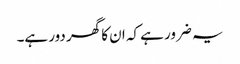
یہ ضرور ہے کہ ان کا گھر دور ہے۔